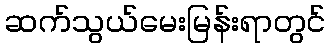
ဆက်သွယ်မေးမြန်းရာတွင်